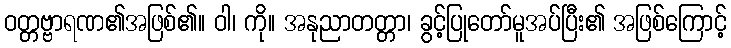
ဝတ္တဗ္ဗာရဏ၏အဖြစ်၏။ ဝါ၊ ကို။ အနုညာတတ္တာ၊ ခွင့်ပြုတော်မူအပ်ပြီး၏ အဖြစ်ကြောင့်